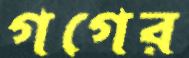
গগের